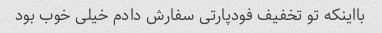
بااینکه تو تخفیف فودپارتی سفارش دادم خیلی خوب بود